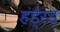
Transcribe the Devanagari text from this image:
हंडे्रड